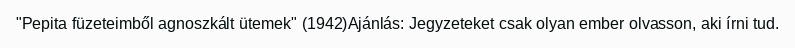
"Pepita füzeteimből agnoszkált ütemek" (1942)Ajánlás: Jegyzeteket csak olyan ember olvasson, aki írni tud.